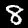
Label: 8